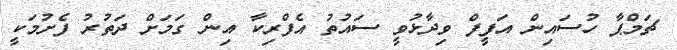
ޗަމްޕާ ހުސައިން އަފީފް ވިދާޅުވީ ސައުތު އެފްރިކާ އިން ގަމަށް ދަތުރު ފެށުމަކީ